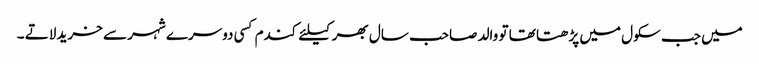
میں جب سکول میں پڑھتا تھا تو والد صاحب سال بھر کیلئے کندم کسی دوسرے شہر سے خرید لاتے ۔